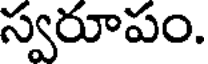
స్వరూపం.